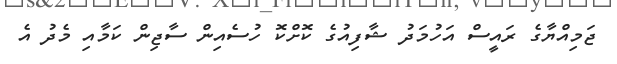
ޖަމިއްޔާގެ ރައީސް އަހުމަދު ޝާފިއުގެ ކޮށްކޮ ހުސެއިން ސާޖިން ކަމާއި މެދު އެ